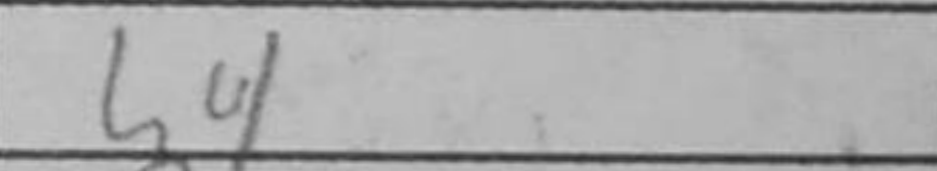
Transcription: h4